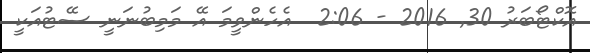
އޮކްޓޯބަރު 30